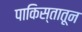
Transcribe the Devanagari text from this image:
पाकिस्तातून